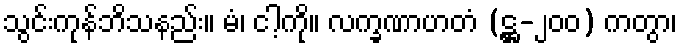
သွင်းကုန်ဘိသနည်း။ မံ၊ ငါ့ကို။ လက္ခဏာဟတံ (ဋ္ဌ-၂၀၀) ကတွာ၊